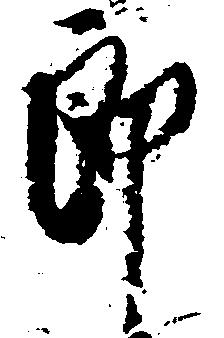
郎